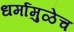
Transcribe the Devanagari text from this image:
धर्मामुळेच